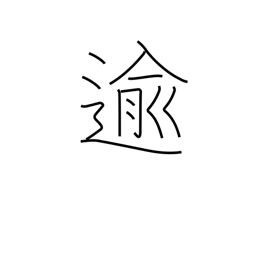
Meaning: pass